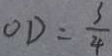
O D = \frac { 3 } { 4 }